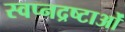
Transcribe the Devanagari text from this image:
स्वप्नद्रष्टाओं